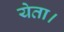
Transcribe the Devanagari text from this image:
येता।